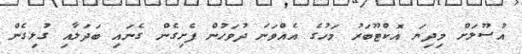
އުސޫލަށް މިދިޔަ އޮކްޓޫބަރު މަހުގެ އެއްވަނަ ދުވަހުން ފެށިގެން ގެނައި ބަދަލާއި ގުޅިގެން